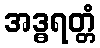
အဒ္ဓရတ္တံ